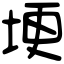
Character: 埂